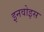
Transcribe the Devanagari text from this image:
इनवोइस